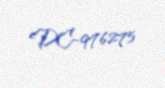
DC-976275